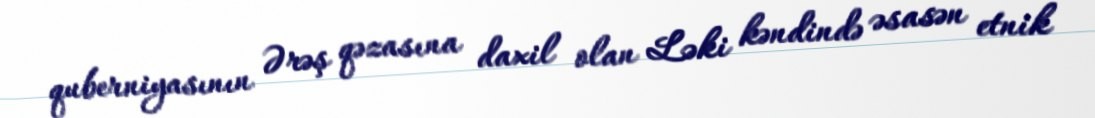
quberniyasının Ərəş qəzasına daxil olan Ləki kəndində əsasən etnik